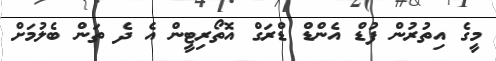
މީގެ އިތުރުން ފުޑް އެންޑް ޑްރަގް އޮތޯރިޓީން އެ ދެ ތަން ބެލުމަށް